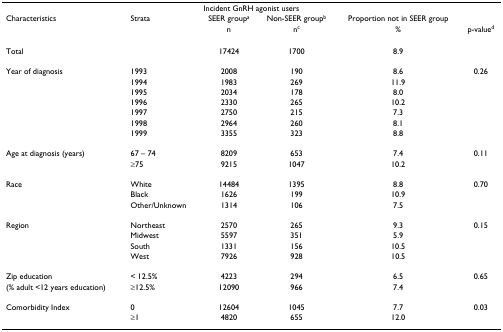
<table><thead><tr><td colspan="6"><b>Incident GnRH agonist users</b></td></tr><tr><td><b>Characteristics</b></td><td><b>Strata</b></td><td><b>SEER group<sup>a</sup></b></td><td><b>Non-SEER group<sup>b</sup></b></td><td><b>Proportion not in SEER group</b></td><td></td></tr><tr><td></td><td></td><td><b>n</b></td><td><b>n<sup>c</sup></b></td><td><b>%</b></td><td><b>p-value<sup>d</sup></b></td></tr></thead><tbody><tr><td>Total</td><td></td><td>17424</td><td>1700</td><td>8.9</td><td></td></tr><tr><td>Year of diagnosis</td><td>1993</td><td>2008</td><td>190</td><td>8.6</td><td>0.26</td></tr><tr><td></td><td>1994</td><td>1983</td><td>269</td><td>11.9</td><td></td></tr><tr><td></td><td>1995</td><td>2034</td><td>178</td><td>8.0</td><td></td></tr><tr><td></td><td>1996</td><td>2330</td><td>265</td><td>10.2</td><td></td></tr><tr><td></td><td>1997</td><td>2750</td><td>215</td><td>7.3</td><td></td></tr><tr><td></td><td>1998</td><td>2964</td><td>260</td><td>8.1</td><td></td></tr><tr><td></td><td>1999</td><td>3355</td><td>323</td><td>8.8</td><td></td></tr><tr><td>Age at diagnosis (years)</td><td>67 – 74</td><td>8209</td><td>653</td><td>7.4</td><td>0.11</td></tr><tr><td></td><td>≥75</td><td>9215</td><td>1047</td><td>10.2</td><td></td></tr><tr><td>Race</td><td>White</td><td>14484</td><td>1395</td><td>8.8</td><td>0.70</td></tr><tr><td></td><td>Black</td><td>1626</td><td>199</td><td>10.9</td><td></td></tr><tr><td></td><td>Other/Unknown</td><td>1314</td><td>106</td><td>7.5</td><td></td></tr><tr><td>Region</td><td>Northeast</td><td>2570</td><td>265</td><td>9.3</td><td>0.15</td></tr><tr><td></td><td>Midwest</td><td>5597</td><td>351</td><td>5.9</td><td></td></tr><tr><td></td><td>South</td><td>1331</td><td>156</td><td>10.5</td><td></td></tr><tr><td></td><td>West</td><td>7926</td><td>928</td><td>10.5</td><td></td></tr><tr><td>Zip education</td><td>&lt; 12.5%</td><td>4223</td><td>294</td><td>6.5</td><td>0.65</td></tr><tr><td>(% adult &lt;12 years education)</td><td>≥12.5%</td><td>12090</td><td>966</td><td>7.4</td><td></td></tr><tr><td>Comorbidity Index</td><td>0</td><td>12604</td><td>1045</td><td>7.7</td><td>0.03</td></tr><tr><td></td><td>≥1</td><td>4820</td><td>655</td><td>12.0</td><td></td></tr></tbody></table>